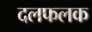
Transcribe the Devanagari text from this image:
दलफलक